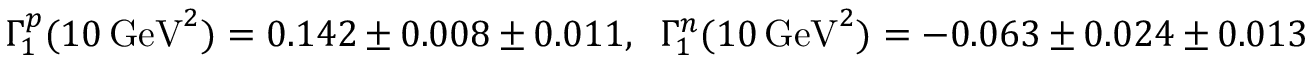
\Gamma _ { 1 } ^ { p } ( 1 0 \, \mathrm { { G e V } } ^ { 2 } ) = 0 . 1 4 2 \pm 0 . 0 0 8 \pm 0 . 0 1 1 , \: \: \: \Gamma _ { 1 } ^ { n } ( 1 0 \, { \mathrm { G e V } } ^ { 2 } ) = - 0 . 0 6 3 \pm 0 . 0 2 4 \pm 0 . 0 1 3